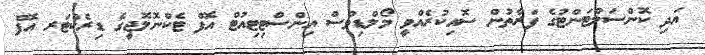
އަދި ކޮންސަލްޓަންޓުގެ ފަރާތުން ސޮއިކުރެއްވީ މޯލްޑިވްސް އިންސްޓިޓިއުޓް އޮފް ޓެކްނޮލޮޖީގެ ޑިރެކްޓަރ އޮފް